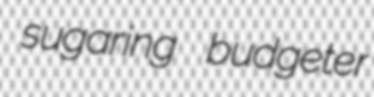
sugaring budgeter